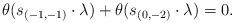
LaTeX: \begin{align*} \theta(s_{(-1,-1)}\cdot\lambda)+\theta(s_{(0,-2)}\cdot\lambda)=0.\end{align*}